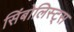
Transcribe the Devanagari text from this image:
सिंबोलिस्ट्स